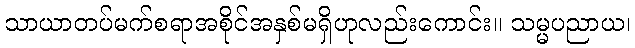
သာယာတပ်မက်စရာအစိုင်အနှစ်မရှိဟုလည်းကောင်း။ သမ္မပညာယ၊